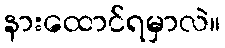
နားထောင်ရမှာလဲ။